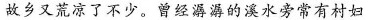
故乡又荒凉了不少。曾经潺潺的溪水旁常有村妇